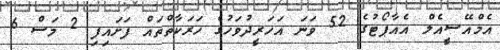
އެމްއޭސީއެލް އެއާޕޯޓުގެ 52 ވަނަ އަހަރީދުވަހުގެ ހަރަކާތްތައް ފަށައިފި 2 މަސް 6